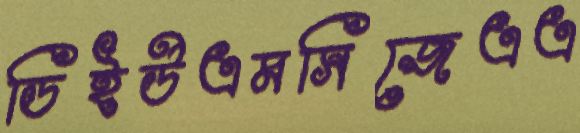
ডিইউএমসিজেএএ